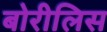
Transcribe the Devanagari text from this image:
बोरीलिस